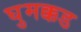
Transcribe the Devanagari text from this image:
घुमक्कड